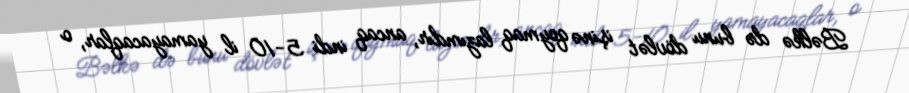
Bəlkə də bunu dövlət işinə qoymaq lazımdır, ancaq indi 5-10 il yamayacaqlar, o